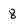
Character: 8